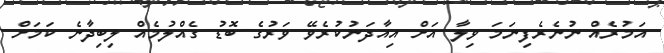
އަމުރެއް ނުނެރެފިނަމަ ވިލާ އަށް އިއާދަނުކުރެވޭ ވަރުގެ ބޮޑު ގެއްލުމެއް ލިބިދާނެ ކަމަށް